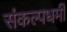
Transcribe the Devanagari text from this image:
संकल्पधर्मी